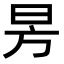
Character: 昘